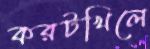
করটখিলে